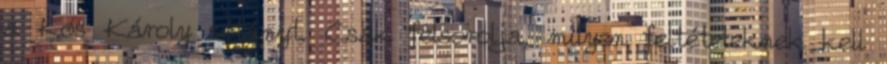
a Kós Károly sétányt. Csak felsorolja, milyen feltételeknek kell